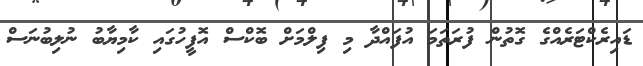
ޑައިރެކްޓަރެއްގެ ގޮތުން ފުރަތަމަ އުފައްދާ މި ފިލްމަށް ބޮކްސް އޮފީހުގައި ކާމިޔާބު ނުލިބުނަސް